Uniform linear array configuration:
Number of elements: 8
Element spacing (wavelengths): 1
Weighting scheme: hamming
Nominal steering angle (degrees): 0
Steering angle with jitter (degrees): -1.436
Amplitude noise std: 0.05
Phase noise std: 0.05

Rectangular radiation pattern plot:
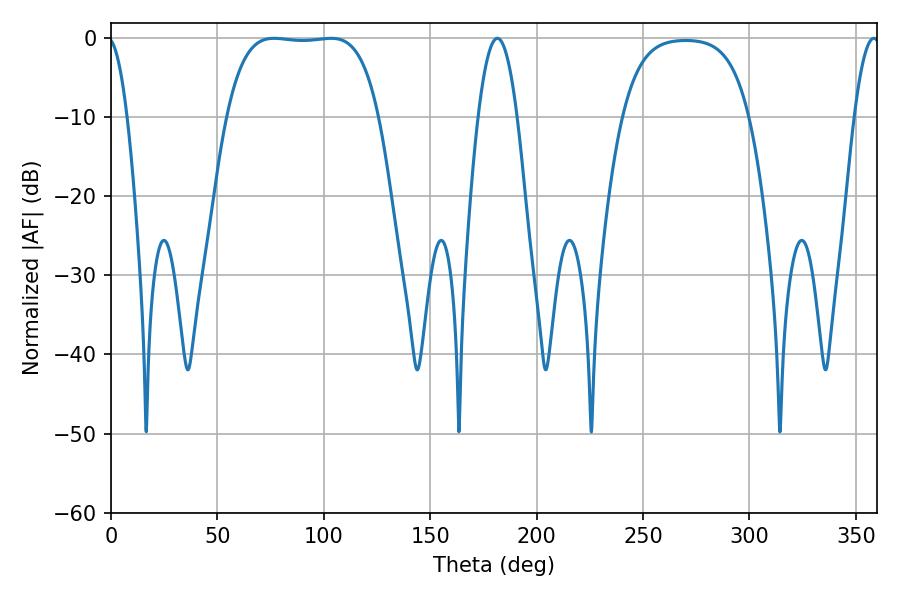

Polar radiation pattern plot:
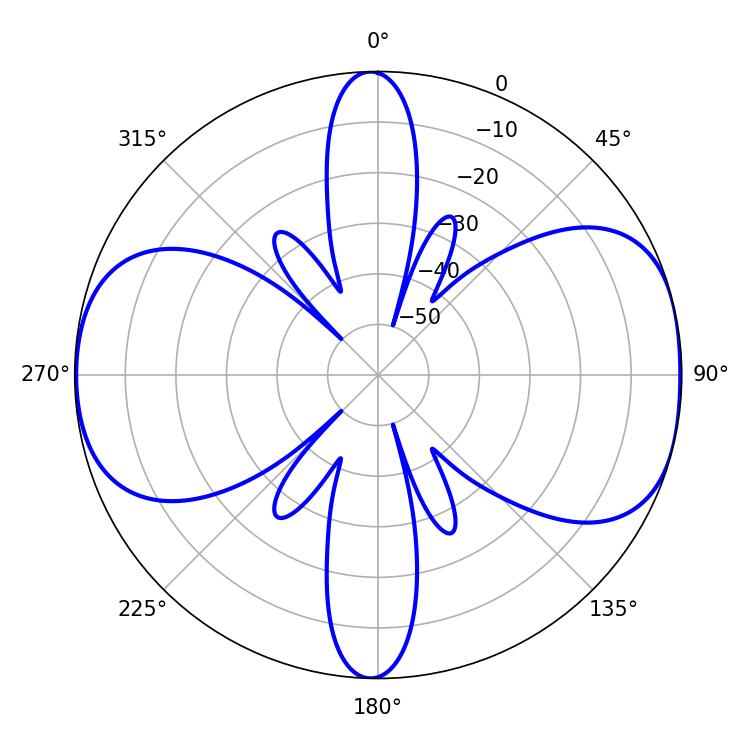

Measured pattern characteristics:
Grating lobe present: TRUE
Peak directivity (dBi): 8.964
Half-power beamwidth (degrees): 55.8
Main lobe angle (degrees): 76.68